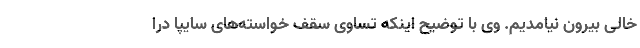
خالی بیرون نیامدیم. وی با توضیح اینکه تساوی سقف خواسته‌های سایپا درا